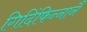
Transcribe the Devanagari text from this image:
गिदिंफिन्‍नानै